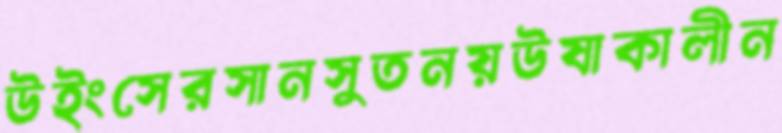
উইংসেরসানসুতনয়উষাকালীন